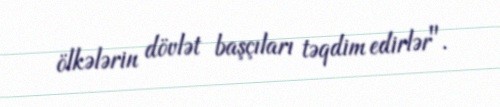
ölkələrin dövlət başçıları təqdim edirlər".